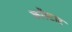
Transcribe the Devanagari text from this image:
क्रोंस्टाट